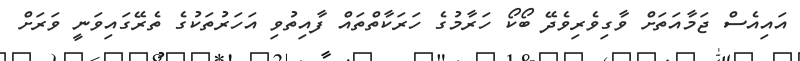
އައިއެސް ޖަމާއަތަށް ވާގިވެރިވެދޭ ބޯކޯ ހަރާމުގެ ހަރަކާތްތައް ފާއިތުވި އަހަރުތަކުގެ ތެރޭގައިވަނީ ވަރަށް